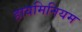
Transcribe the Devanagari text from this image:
हायमिनियम